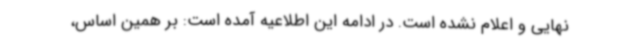
نهایی و اعلام نشده است. در ادامه این اطلاعیه آمده است: بر همین اساس،